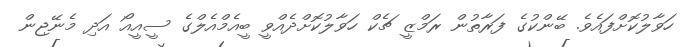
ހަވާލުކޮށްފައެވެ. ބޭންކުގެ ފަރާތުން ރަމްޒީ ޗެކް ހަވާލުކޮށްދެއްވީ ބީއެމްއެލްގެ ސީއީއޯ އަދި މެނޭޖިން